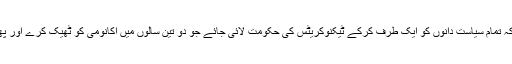
ایک حل یہ بھی تجویز کیا جارہا ہے کہ تمام سیاست دانوں کو ایک طرف کرکے ٹیکنوکریٹس کی حکومت لائی جائے جو دو تین سالوں میں اکانومی کو ٹھیک کرے اور پھر اسکے بعد انتخابات کروائے جائیں۔